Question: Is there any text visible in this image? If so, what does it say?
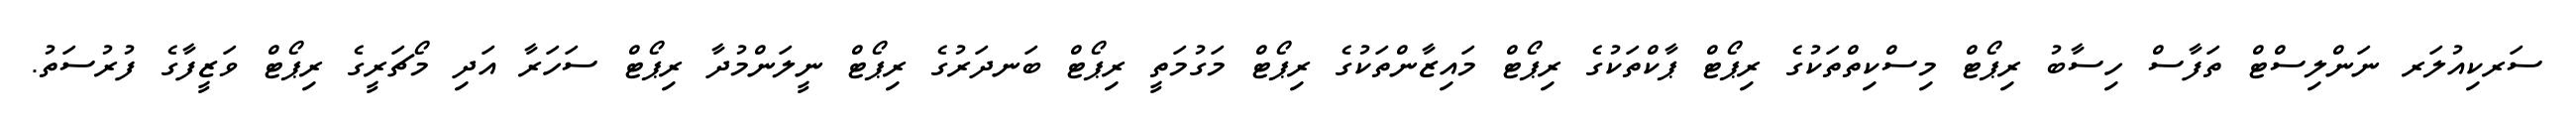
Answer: ސަރކިއުލަރ ނަންލިސްޓް ތަފާސް ހިސާބު ރިޕޯޓް މިސްކިތްތަކުގެ ރިޕޯޓް ޕާކްތަކުގެ ރިޕޯޓް މައިޒާންތަކުގެ ރިޕޯޓް މަގުމަތީ ރިޕޯޓް ބަނދަރުގެ ރިޕޯޓް ނީލަންމުދާ ރިޕޯޓް ސަހަރާ އަދި މޯޗަރީގެ ރިޕޯޓް ވަޒީފާގެ ފުރުސަތު.